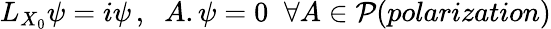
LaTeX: L_{X_{0}}\psi=i\psi\, ,\; \; A.\psi=0\; \; \forall A\in{\cal P}(polarization)